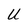
Character: u